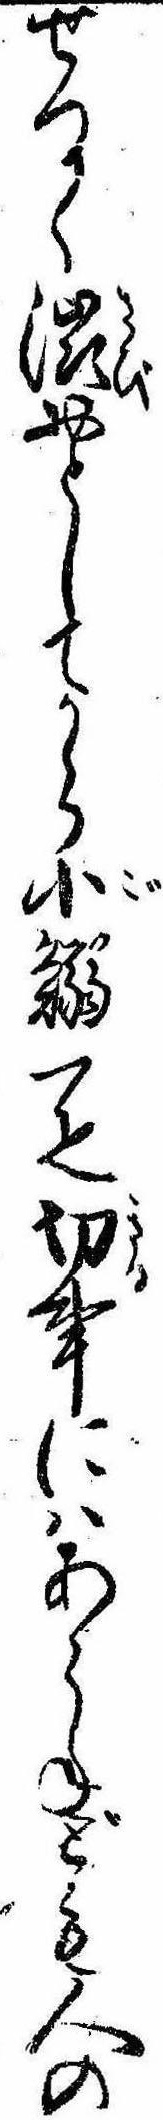
せつかく渋おとしてから小鰯一疋切事にはあらねども人の